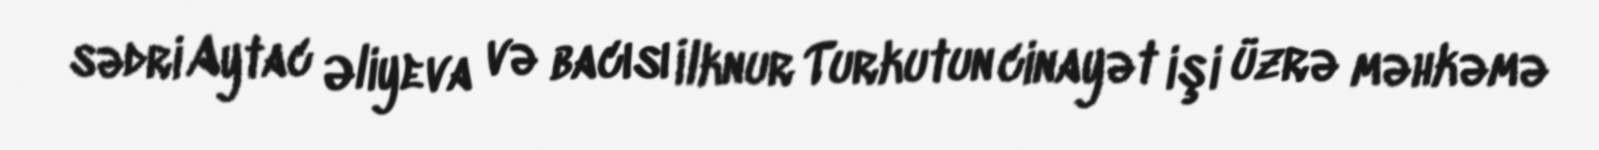
sədri Aytac Əliyeva və bacısı İlknur Turkutun cinayət işi üzrə məhkəmə